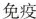
免疫